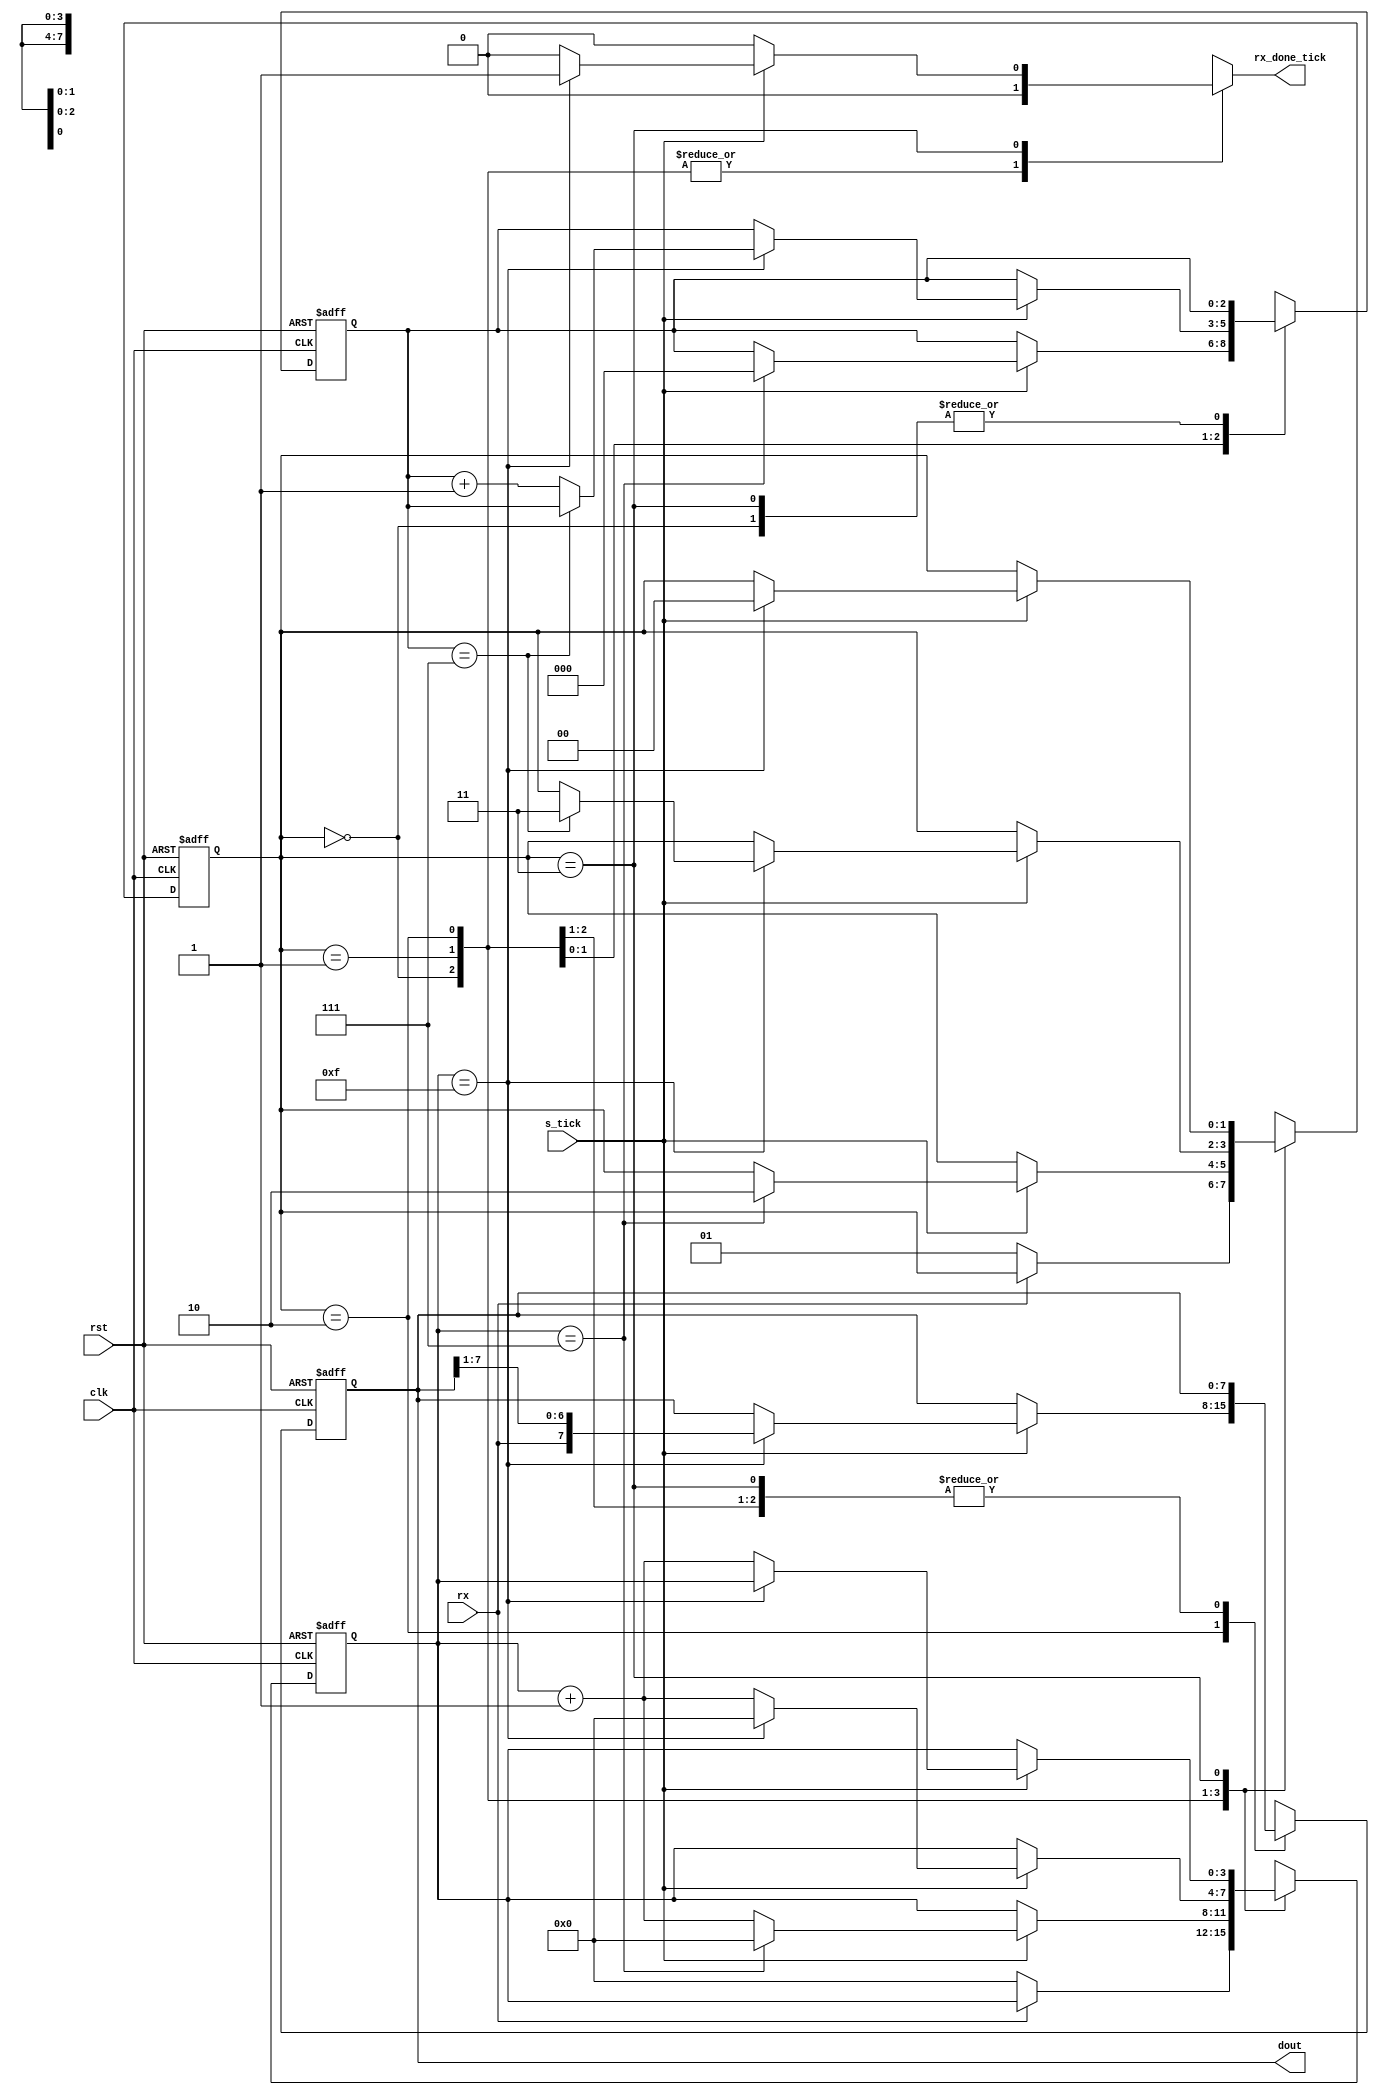
/*
Code from FPGA prototyping with verilog examples
Chapter 8, Listing 8.1

*/

module uart_rx
	#(
	parameter DBIT = 8, // # of data bits
	parameter SB_TICK = 16 // # of ticks for stop bit
	)
	(
	input wire clk, rst,
	input wire rx, s_tick,
	output reg rx_done_tick,
	output wire [7:0] dout
	);
	
	// States
	localparam [1:0]
		IDLE = 2'd0,
		START = 2'd1,
		DATA = 2'd2,
		STOP = 2'd3;
		
	// local signals
	reg [1:0] current_state, next_state;
	reg [3:0] s_reg, s_next;
	reg [2:0] n_reg, n_next;
	reg [7:0] b_reg, b_next;
	
	// Physical Registers
	always@(posedge clk, posedge rst)
		if(rst)
			begin
				current_state <= IDLE;
				s_reg <= 0;
				n_reg <= 0;
				b_reg <= 0;
			end
		else
			begin
				current_state <= next_state;
				s_reg <= s_next;
				n_reg <= n_next;
				b_reg <= b_next;
			end
			
	// FSM Next state logic
	always@*
	begin
		next_state = current_state;
		rx_done_tick = 1'b0;
		s_next = s_reg;
		n_next = n_reg;
		b_next = b_reg;
		
		case(current_state)
			IDLE:
				if(~rx)
				begin
					next_state = START;
					s_next = 0;
				end
			START:
				if(s_tick)
					if(s_reg == 7)
					begin
						next_state = DATA;
						s_next = 0;
						n_next = 0;
					end
				else
					s_next = s_reg +1;
			DATA:
				if(s_tick)
					if(s_reg == 15)
					begin
						s_next = 0;
						b_next = {rx, b_reg[7:1]};
						if(n_reg == (DBIT -1))
							next_state = STOP;
						else
							n_next = n_reg + 1;
					end
				else
					s_next = s_reg + 1;
			STOP:
				if(s_tick)
					if(s_reg == (SB_TICK - 1))
					begin
						next_state = IDLE;
						rx_done_tick = 1'b1;
					end
				else
					s_next = s_reg + 1;
		endcase
	end// always@* next_state logic
	
	// Output
	assign dout = b_reg;
	
endmodule